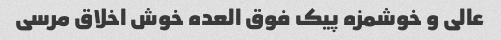
عالی و خوشمزه پیک فوق العده خوش اخلاق مرسی